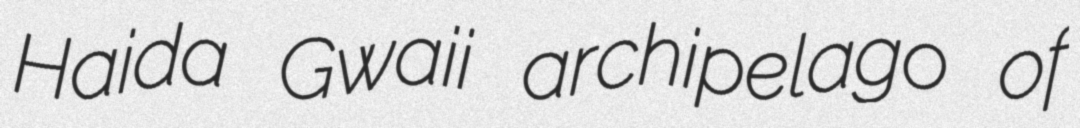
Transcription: Haida Gwaii archipelago of